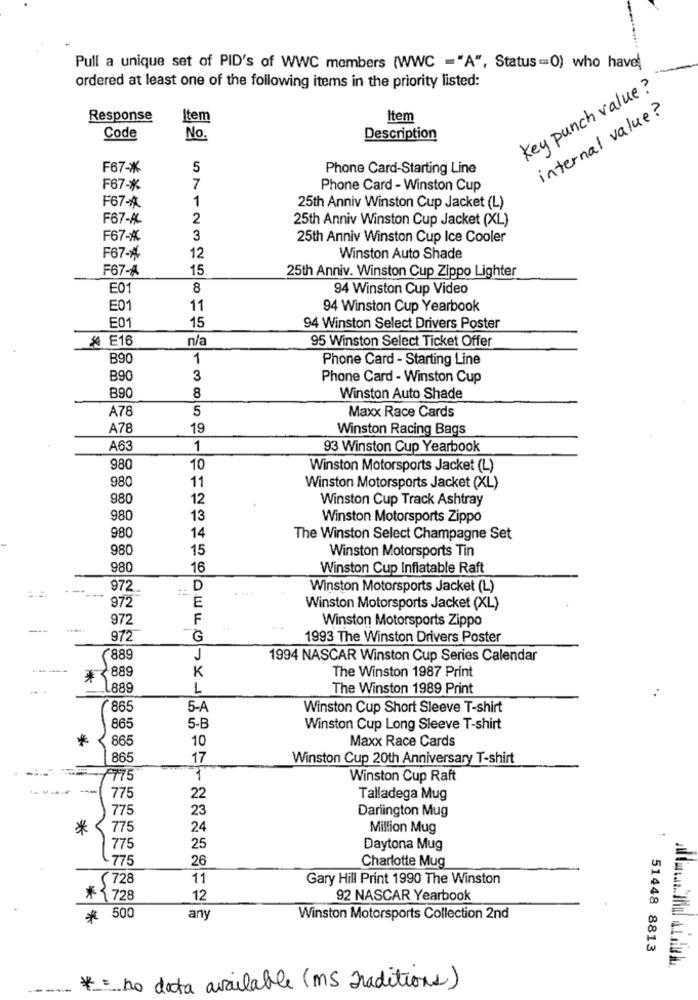
Pull a unique set of PID's of WWC members (WWC ="A", Status =O) who have
ordered at least one of the following items in the priority listed:
Key punch value ?
internal value?
Response
Item
Item
Code
No.
Description
F67-%
5
Phone Card-Starting Line
F67 -*
7
Phone Card - Winston Cup
1
F67-A
25th Anniv Winston Cup Jacket (L)
F67-A
2
25th Anniv Winston Cup Jacket (XL)
F67-%
3
25th Anniv Winston Cup Ice Cooler
F67-%
12
Winston Auto Shade
F67-A
15
25th Anniv. Winston Cup Zippo Lighter
E01
8
94 Winston Cup Video
E01
11
94 Winston Cup Yearbook
E01
15
94 Winston Select Drivers Poster
E16
n/a
95 Winston Select Ticket Offer
B90
1
Phone Card - Starting Line
B90
3
Phone Card - Winston Cup
890
8
Winston Auto Shade
A78
5
Maxx Race Cards
A78
19
Winston Racing Bags
A63
1
93 Winston Cup Yearbook
980
10
Winston Motorsports Jacket (L)
980
11
Winston Motorsports Jacket (XL)
980
12
Winston Cup Track Ashtray
980
13
Winston Motorsports Zippo
980
14
The Winston Select Champagne Set
980
15
Winston Motorsports Tin
980
16
Winston Cup Inflatable Raft
972.
D
Winston Motorsports Jacket (L)
E
972
Winston Motorsports Jacket (XL)
972
F
Winston Motorsports Zippo
---
-
972
G
1993 The Winston Drivers Poster
(889
1
1994 NASCAR Winston Cup Series Calendar
889
K
The Winston 1987 Print
2889
1
The Winston 1989 Print
865
5-A
Winston Cup Short Sleeve T-shirt
865
5-B
Winston Cup Long Sleeve T-shirt
*
865
10
Maxx Race Cards
865
17
Winston Cup 20th Anniversary T-shirt
775
Winston Cup Raft
775
22
Talladega Mug
775
23
Darlington Mug
*
775
24
Million Mug
775
25
Daytona Mug
775
26
Charlotte Mug
728
11
Gary Hill Print 1990 The Winston
*{ 728
12
92 NASCAR Yearbook
00
*
500
any
Winston Motorsports Collection 2nd
00
51448 8813
-
--
* = no data available (ms Traditions)